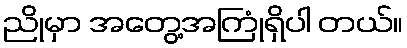
ညိုမှာ အတွေ့အကြုံရှိပါ တယ်။